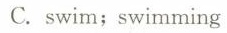
C.swim;swimming